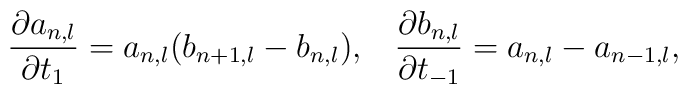
\frac{\partial a_{n,l}}{\partial t_{1}}=a_{n,l}(b_{n+1,l}-b_{n,l}),\;\;\;\frac{\partial b_{n,l}}{\partial t_{-1}}=a_{n,l}-a_{n-1,l},